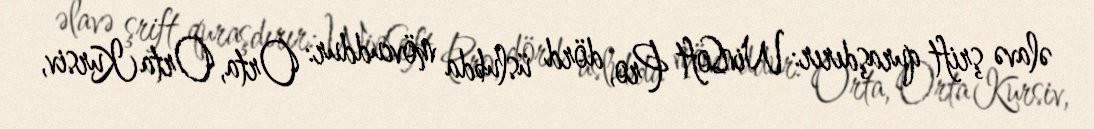
əlavə şrift quraşdırır: WinSoft Pro, dörd üslubda mövcuddur: Orta, Orta Kursiv,